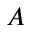
A